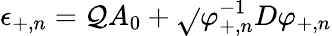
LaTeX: \epsilon_{+,n}=\mathcal{Q}A_{0}+\sqrt{}{{\varphi_{+,n}^{-1}D\varphi_{+,n}}}